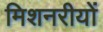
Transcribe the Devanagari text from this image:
मिशनरीयों